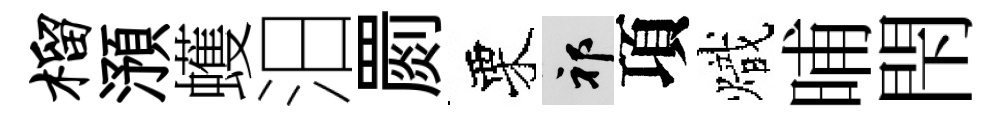
榴澦蠖汨罽栗祁項熾晡閇